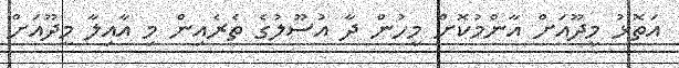
އަތޮޅު މީދޫއަށް އާންމުކޮށް މީހުން ދާ އުސޫލުގެ ތެރެއިން މި އާއިލާ މީދޫއަށް